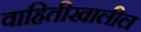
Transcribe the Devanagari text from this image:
वाहितीखालील